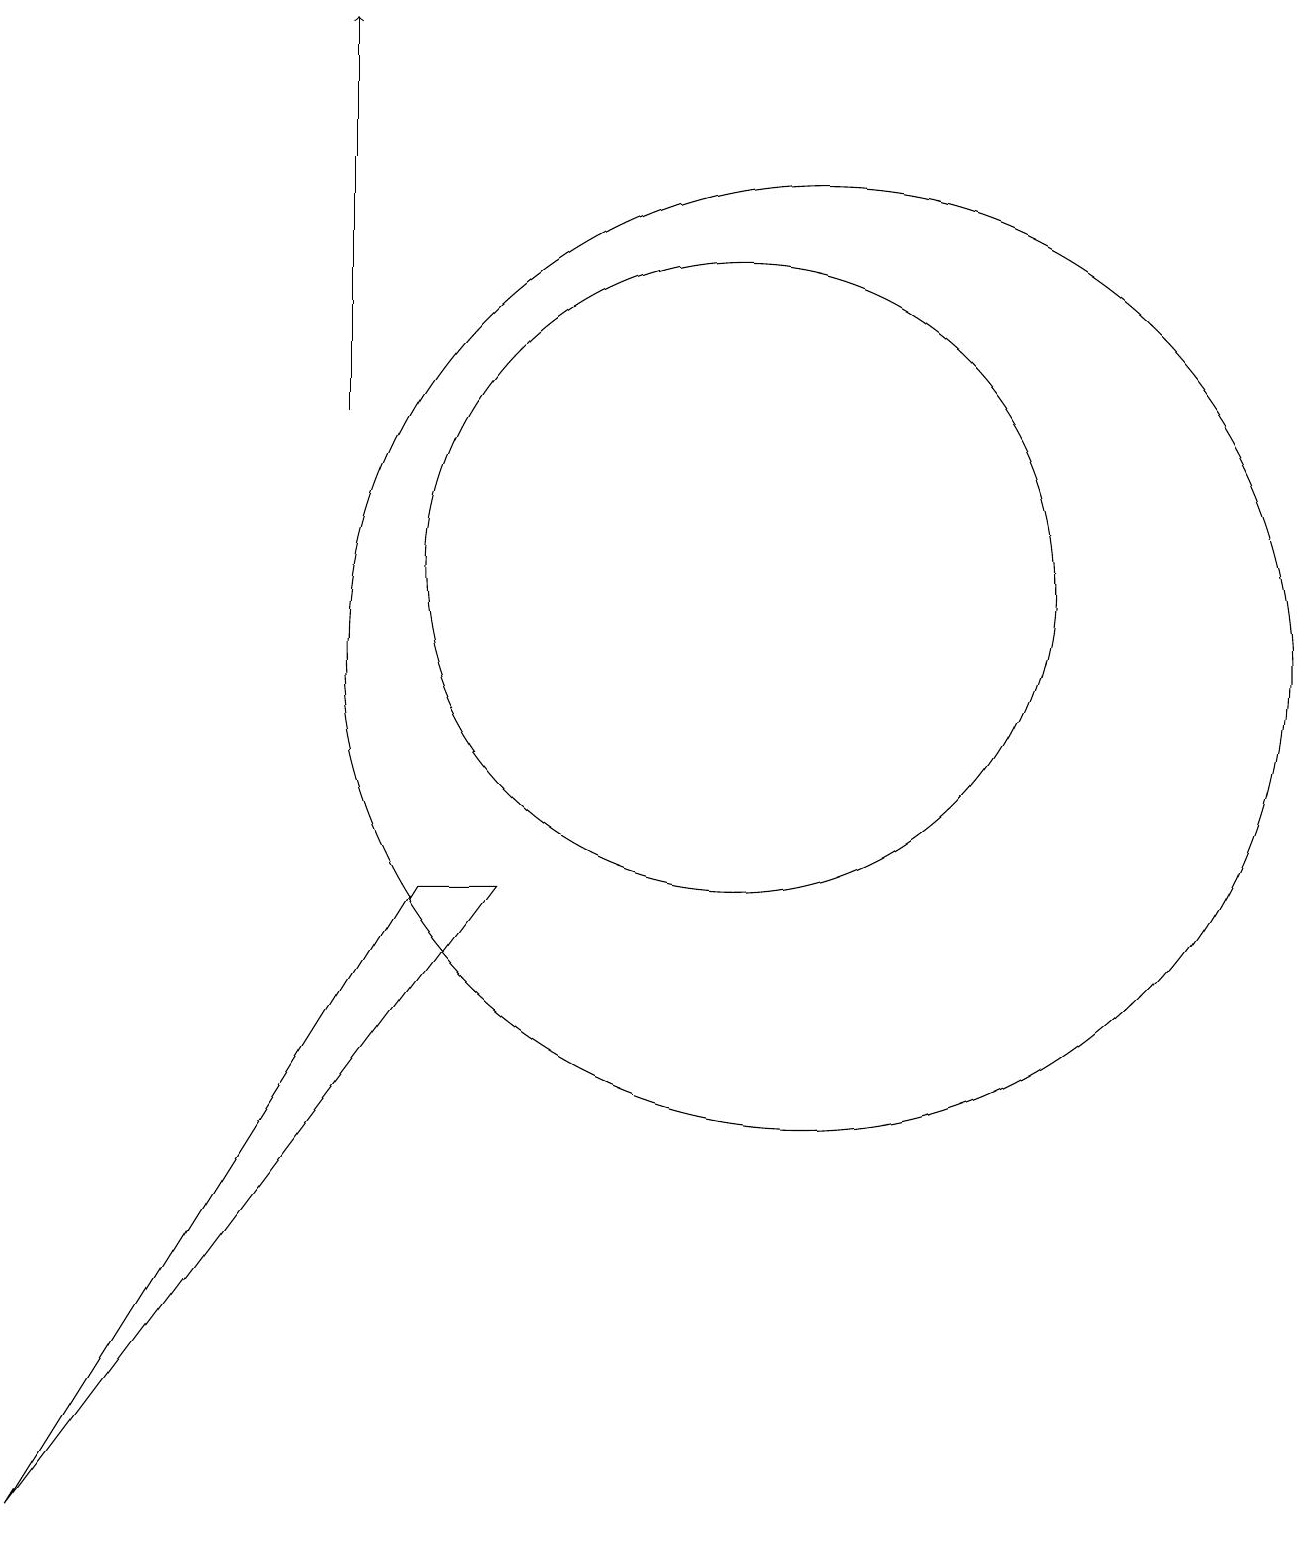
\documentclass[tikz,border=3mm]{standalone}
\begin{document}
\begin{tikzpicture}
\draw (12,11) circle (6);
\draw (2,0) -- (7,8) -- (8,8) -- cycle;
\draw (11,12) circle (4);
\draw[->] (6,14) -- (6,19);
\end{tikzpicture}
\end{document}